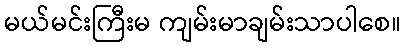
မယ်မင်းကြီးမ ကျမ်းမာချမ်းသာပါစေ။